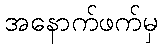
အနောက်ဖက်မှ